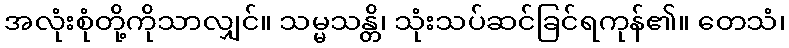
အလုံးစုံတို့ကိုသာလျှင်။ သမ္မသန္တိ၊ သုံးသပ်ဆင်ခြင်ရကုန်၏။ တေသံ၊